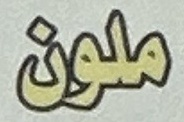
ملون